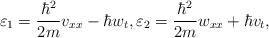
LaTeX: \begin{gather*}\varepsilon_1=\frac{\hbar^2}{2m}v_{xx}-\hbar w_t, \varepsilon_2=\frac{\hbar^2}{2m}w_{xx}+\hbar v_t,\end{gather*}